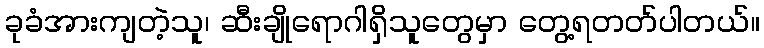
ခုခံအားကျတဲ့သူ၊ ဆီးချိုရောဂါရှိသူတွေမှာ တွေ့ရတတ်ပါတယ်။